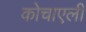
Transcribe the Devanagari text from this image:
कोचाएली